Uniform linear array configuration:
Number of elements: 64
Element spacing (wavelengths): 0.25
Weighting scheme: binomial
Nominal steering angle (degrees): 0
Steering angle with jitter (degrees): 1.375
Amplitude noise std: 0.05
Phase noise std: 0.05

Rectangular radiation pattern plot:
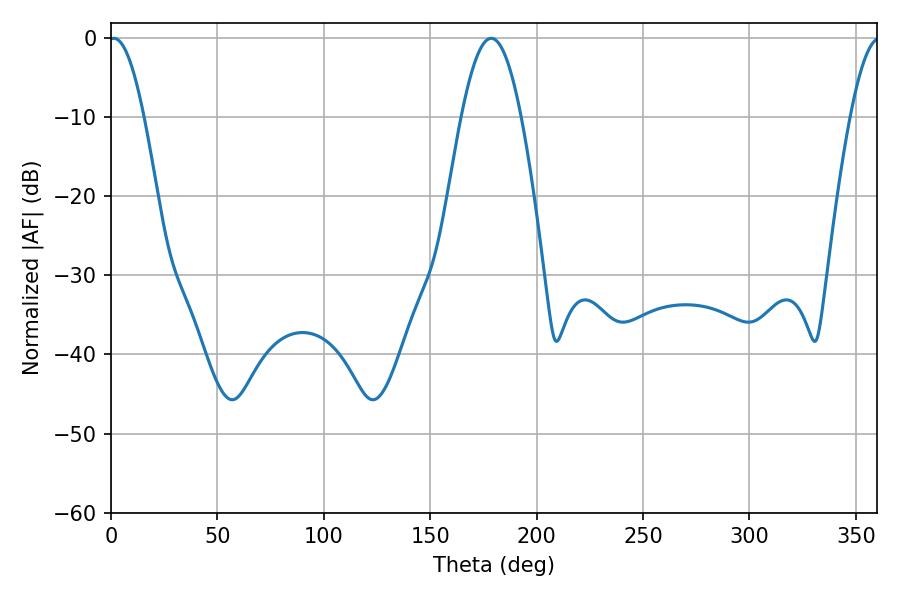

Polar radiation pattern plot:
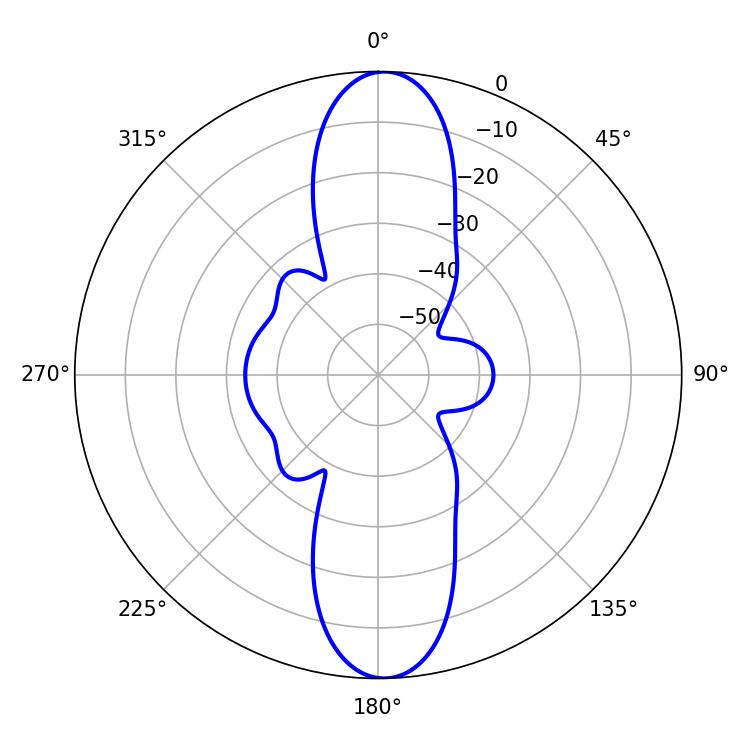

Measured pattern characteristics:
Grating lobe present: FALSE
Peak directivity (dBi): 21.68
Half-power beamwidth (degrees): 9
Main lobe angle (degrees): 1.26